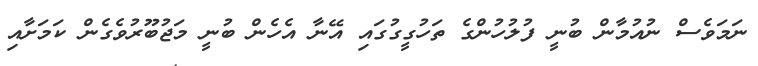
ނަމަވެސް ނުއުމާން ބުނީ ފުލުހުންގެ ތަހުގީގުގައި އޭނާ އެހެން ބުނީ މަޖުބޫރުވެގެން ކަމަށާއި